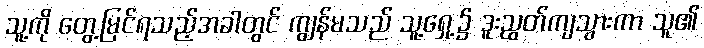
သူ့ကို တွေ့မြင်ရသည့်အခါတွင် ကျွန်မသည် သူ့ရှေ့၌ ဒူးညွတ်ကျသွားကာ သူ၏